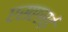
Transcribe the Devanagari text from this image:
एसएसई